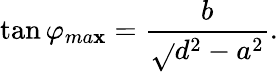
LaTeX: \tan\varphi_{ma\mathbf{x}}=\frac{{b}}{{\sqrt{}{{d^{2}-a^{2}}}}}.